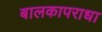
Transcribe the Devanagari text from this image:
बालकापराधा